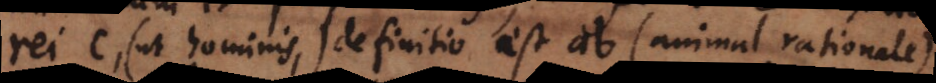
rei c (ut hominis) definitio est ab (animal rationale)